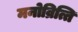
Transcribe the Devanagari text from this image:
मनोव्रित्ति